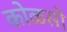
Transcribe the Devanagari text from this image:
कोळसो